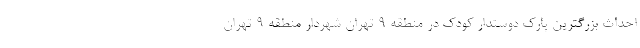
احداث بزرگترین پارک دوستدار کودک در منطقه ۹ تهران شهردار منطقه ۹ تهران